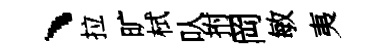
、拉旷栻㕥拊岡敏夷